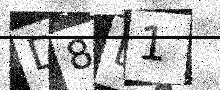
Text: D8D1